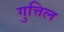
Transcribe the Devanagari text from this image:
गुत्तिल